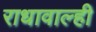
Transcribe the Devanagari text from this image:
राधावाल्ही